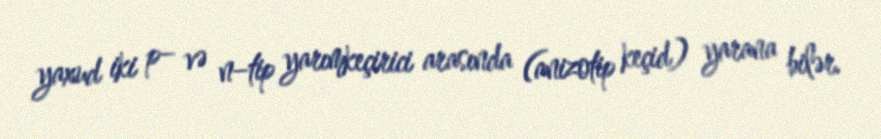
yaxud iki p– və n–tip yarımkeçirici arasında (anizotip keçid) yarana bilər.